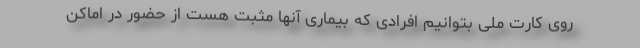
روی کارت ملی بتوانیم افرادی که بیماری آنها مثبت هست از حضور در اماکن